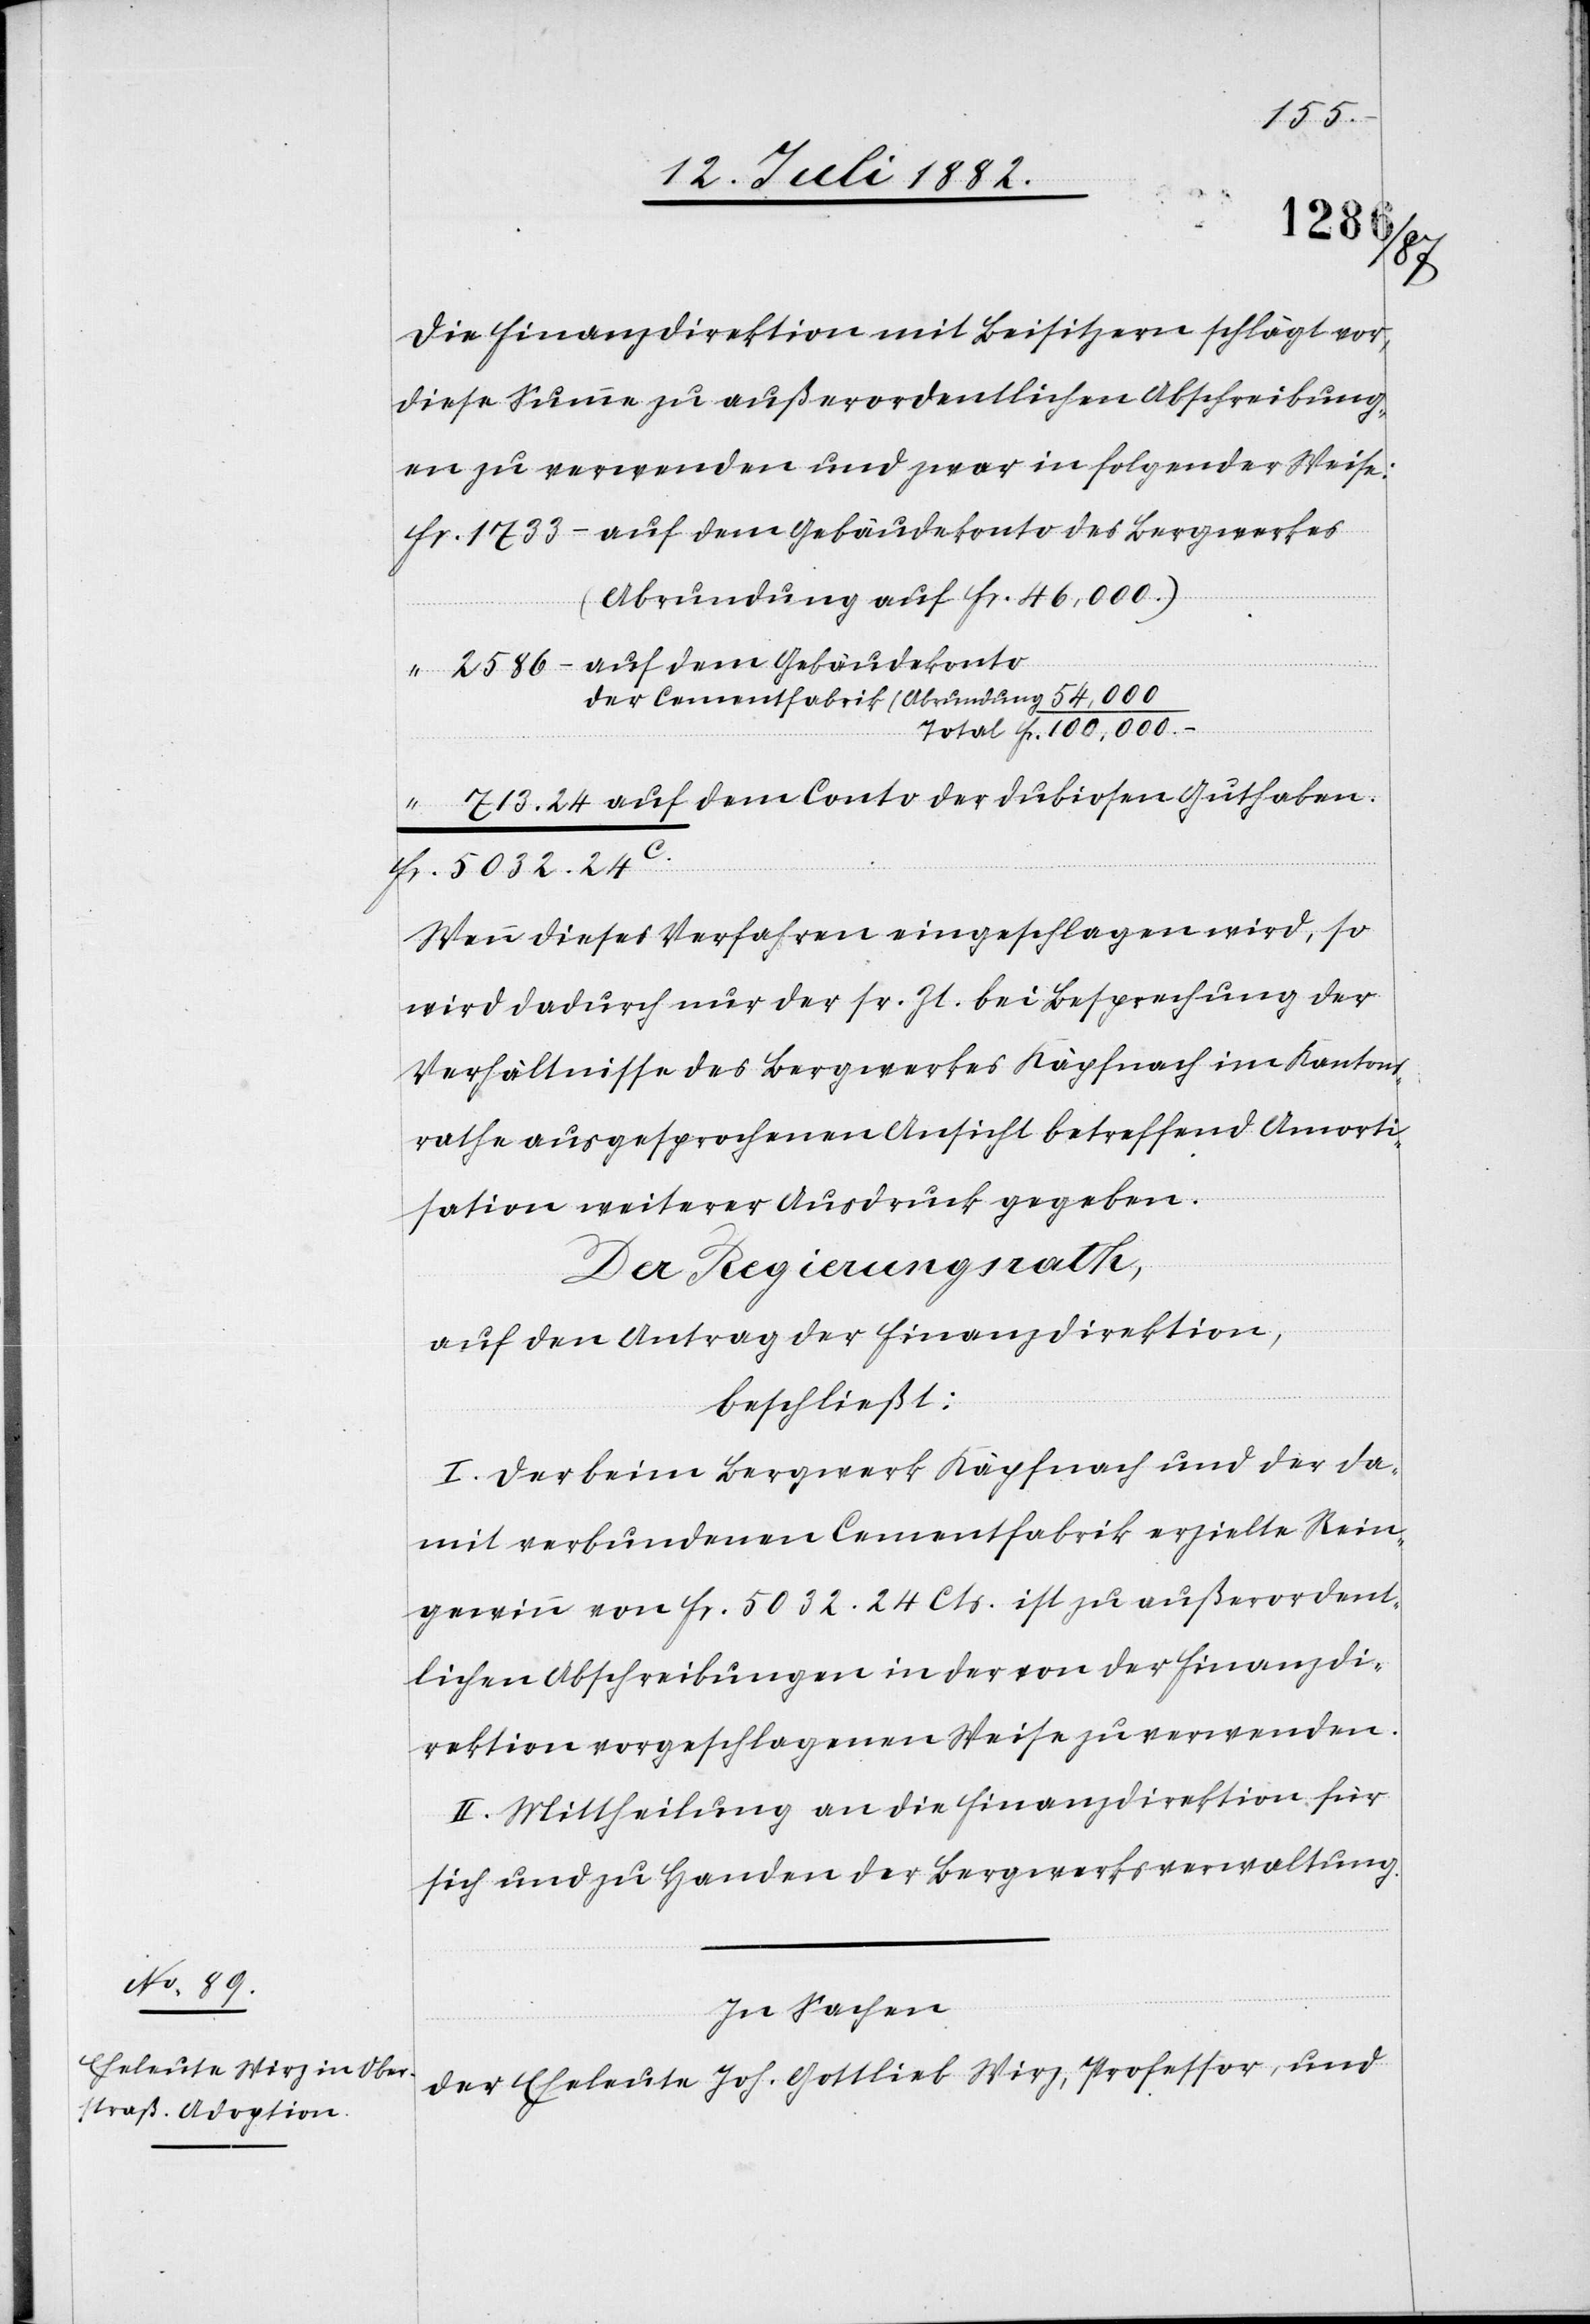
Fr.
Die Finanzdirektion mit Beisitzern schlägt vor,
diese Summe zu außerordentlichen Abschreibung¬
en zu verwenden und zwar in folgender Weise:
auf dem Gebäudekonto des Bergwerkes
Guthaben.
24C.
Wenn dieses Verfahren eingeschlagen wird, so
wird dadurch nur der sr. Zt. bei Besprechung der
Verhältnisse des Bergwerkes Käpfnach im Kantons¬
rathe ausgesprochenen Ansicht betreffend Amorti¬
sation weiterer Ausdruck gegeben.
Der Regierungsrath,
auf den Antrag der Finanzdirektion,
beschließt:
I. Der beim Bergwerk Käpfnach und der da¬
mit verbundenen Cementfabrik erzielte Rein¬
gewinn von Fr. 5032. 24 Cts. ist zu außerordent¬
lichen Abschreibungen in der von der Finanzdi¬
rektion vorgeschlagenen Weise zu verwenden.
II. Mittheilung an die Finanzdirektion für
sich und zu Handen der Bergwerksverwaltung.
In Sachen
der Eheleute Joh. Gottlieb Wirz, Professor, und